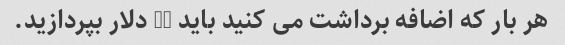
هر بار که اضافه برداشت می کنید باید 25 دلار بپردازید.